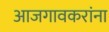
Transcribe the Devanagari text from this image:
आजगावकरांना